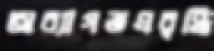
অব্যাগতপ্রবৃদ্ধি